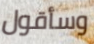
وسأقول